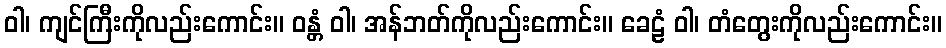
ဝါ၊ ကျင်ကြီးကိုလည်းကောင်း။ ဝန္တံ ဝါ၊ အန်ဘတ်ကိုလည်းကောင်း။ ခေဠံ ဝါ၊ တံတွေးကိုလည်းကောင်း။